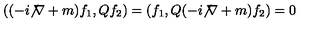
( ( - i { \not \nabla } + m ) f _ { 1 } , Q f _ { 2 } ) = ( f _ { 1 } , Q ( - i { \not \nabla } + m ) f _ { 2 } ) = 0